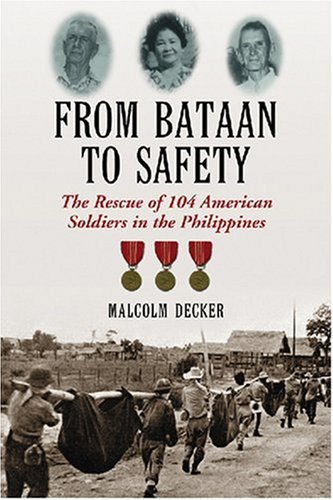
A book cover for From Bataan to Safety: The Rescue of 104 American Soldiers in the Philippines; Malcolm Decker; History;